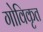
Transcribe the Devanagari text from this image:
गोविकृत